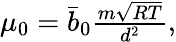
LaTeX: \begin{array}{r}{\mu_{0}=\bar{b}_{0}\frac{m\sqrt{RT}}{d^{2}},}\end{array}